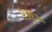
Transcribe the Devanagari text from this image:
९३१२